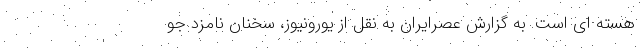
هسته ای است. به گزارش عصرایران به نقل از یورونیوز، سخنان نامزد جو